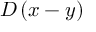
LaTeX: D \left( x - y \right)